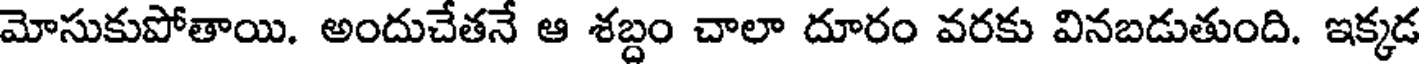
మోసుకుపోతాయి. అందుచేతనే ఆ శబ్దం చాలా దూరం వరకు వినబడుతుంది. ఇక్కడ